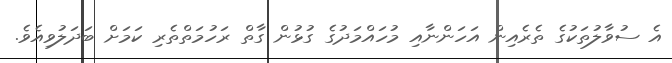
އެ ސުވާލުތަކުގެ ތެރެއިން އަހަންނާއި މުހައްމަދުގެ ގުޅުން ގާތް ރަހުމަތްތެރި ކަމަށް ބަދަލުވިއެވެ.